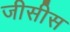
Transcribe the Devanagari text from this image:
जीसीस